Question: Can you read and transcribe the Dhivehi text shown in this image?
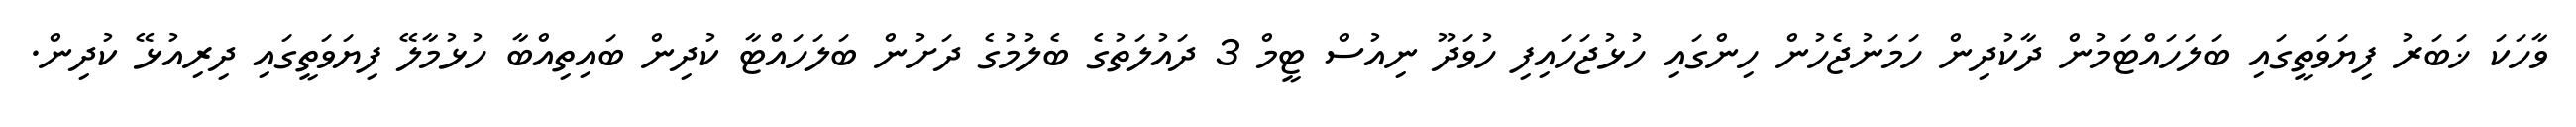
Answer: ވާހަކަ ޚަބަރު ފިޔަވަތީގައި ބަލަހައްޓަމުން ދާކުދިން ހަމަނުޖެހުން ހިންގައި ހުޅުޖަހައިފި ހުވަދޫ ނިއުސް ޓީމް 3 ދައުލަތުގެ ބެލުމުގެ ދަށުން ބަލަހައްޓާ ކުދިން ބައިތިއްބާ ހުޅުމާލޭ ފިޔަވަތީގައި ދިރިއުޅޭ ކުދިން.